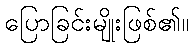
ပြောခြင်းမျိုးဖြစ်၏။